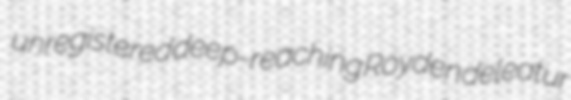
unregistered deep-reaching Royden deleatur